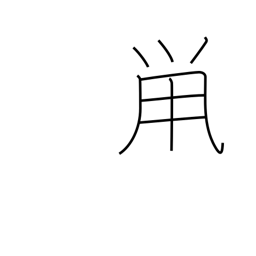
Meaning: dark gray